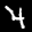
Label: 4